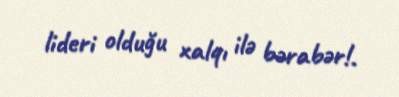
lideri olduğu xalqı ilə bərabər!.